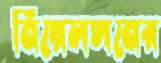
নিয়েলসনের